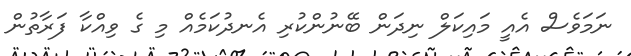
ނަމަވެސް އެއީ މައިކަލް ނިދަން ބޭނުންކުރި އެނދުކަމެއް މި ގެ ވިއްކާ ފަރާތުން